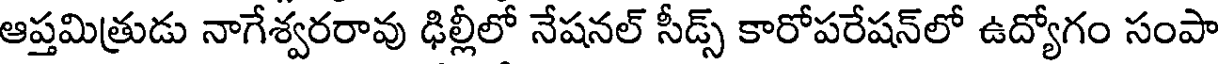
ఆప్తమిత్రుడు నాగేశ్వరరావు ఢిల్లీలో నేషనల్ సీడ్స్ కారోపరేషన్లో ఉద్యోగం సంపా